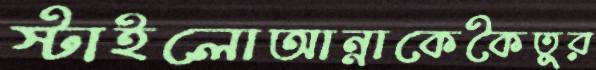
স্টাইলোআন্নাকেকৈতুর